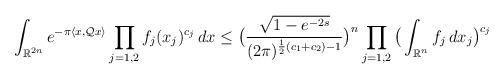
LaTeX: \begin{align*}\int_{\mathbb{R}^{2n}} e^{-\pi \langle x, \mathcal{Q}x\rangle} \prod_{j=1,2} f_j(x_j)^{c_j} \, dx\le \big( \frac{\sqrt{1-e^{-2s}}}{(2\pi)^{\frac12(c_1+c_2) -1}} \big)^n\prod_{j=1,2} \big( \int_{\mathbb{R}^n} f_j\, dx_j \big)^{c_j} \end{align*}